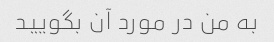
به من در مورد آن بگویید